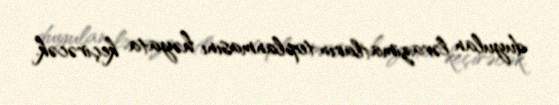
duyulan ləvazimatların toplanmasını həyata keçirəcək.